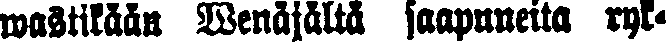
wastikään Wenäjältä saapuneita ryk-